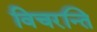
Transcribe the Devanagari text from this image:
विचरन्ति